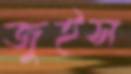
জুইস